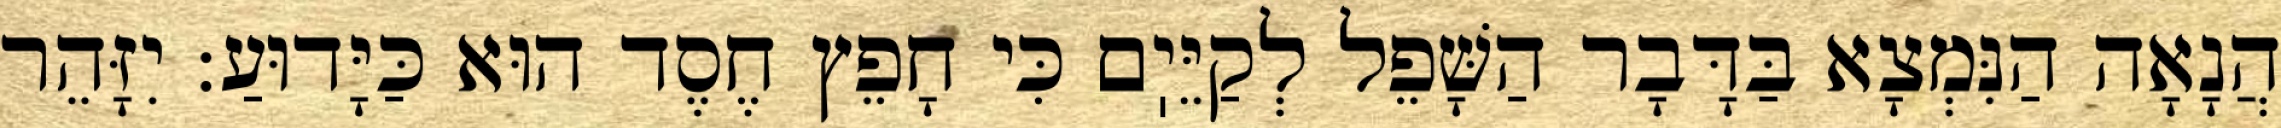
הֲנָאָה הַנִּמְצָא בַּדָּבָר הַשָּׁפֵל לְקַיֵּיֽם כִּי חָפֵץ חֶסֶד הוּא כַּיָּדוּעַ: יִזָּהֵר